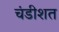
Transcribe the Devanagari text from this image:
चंडीशत